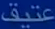
عتيق